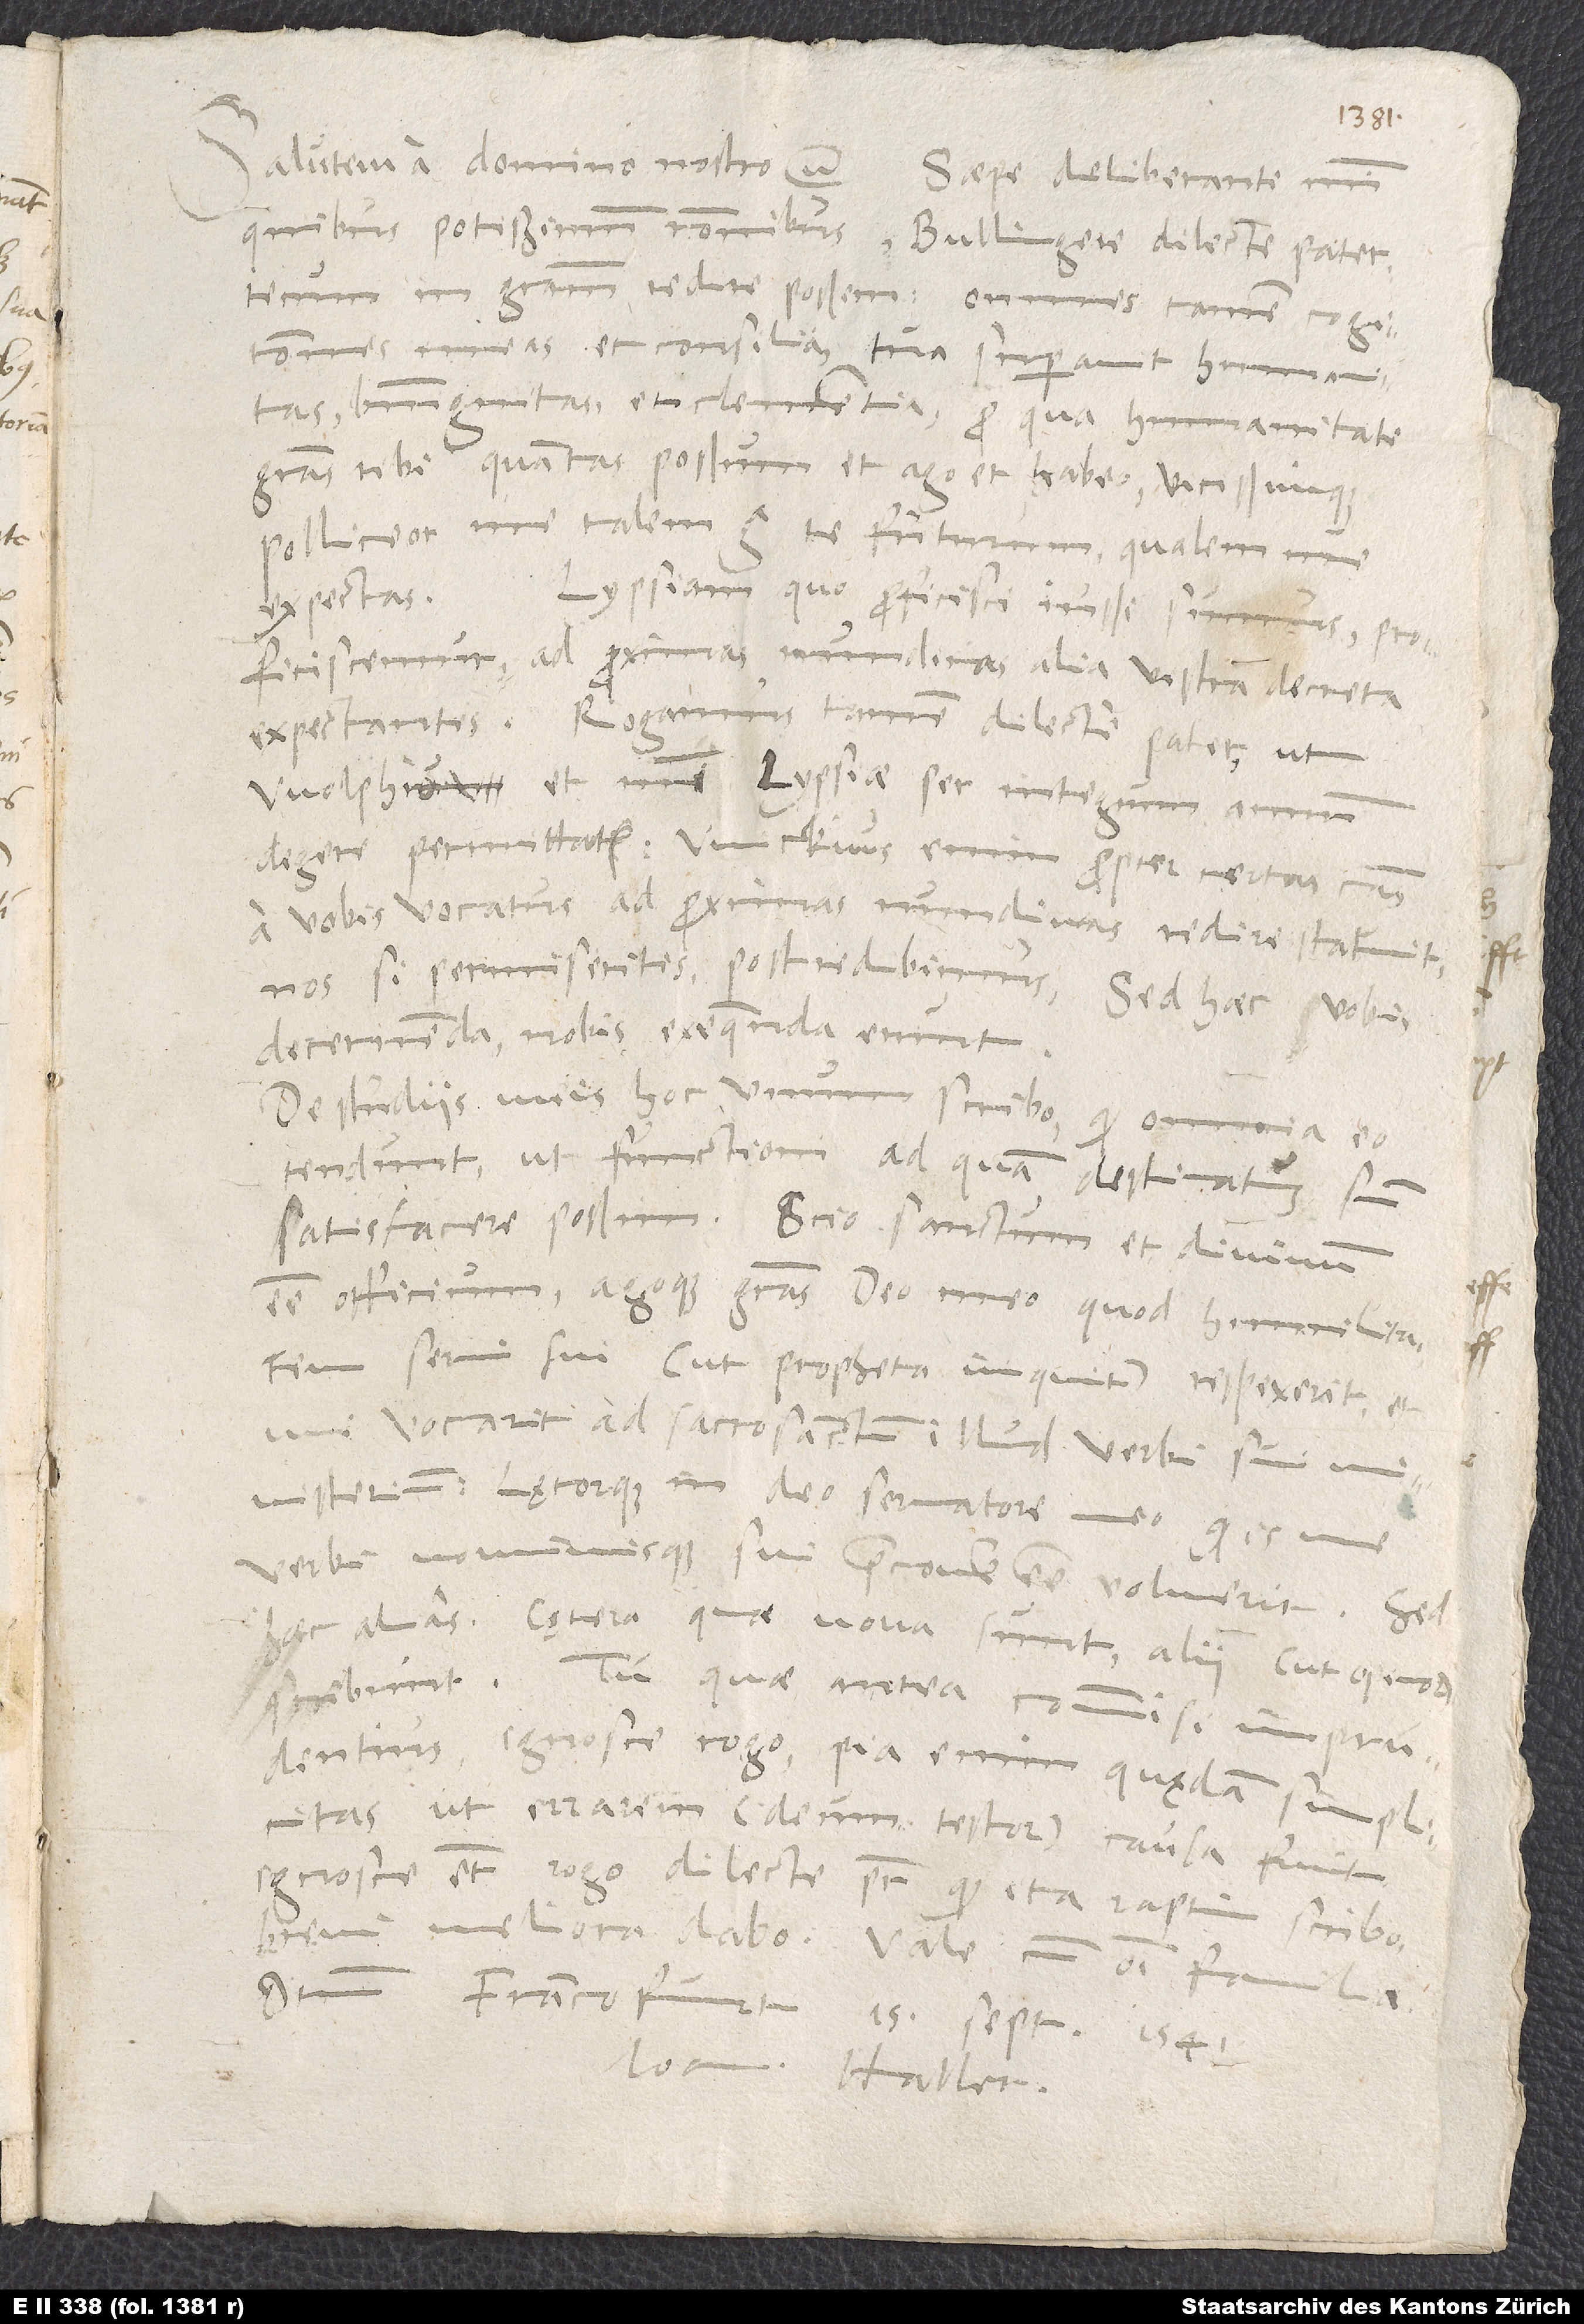
Salutem a domino nostro etc. Saepe deliberanti mihi,
quibus potissimum rationibus, Bullingere dilecte pater,
in gratiam redire possem, omnes tamen cogitationes
meas et consilia tua superavit humanitas,
benignitas et clementia, pro qua humanitate
gratias tibi, quantas possum, et ago et habeo vicissimque
polliceor me talem erga te futurum, qualem me
expectas. Lypsiam, quo proficisci iussi sumus,
proficiscemur, ad proximas nundinas alia vestra decreta
expectantes. Rogamus tamen, dilecte pater, ut
Wolphio et mihi Lypsiae per integrum annum
degere permittatis. Wickius enim propter certas causas
a vobis vocatus ad proximas nundinas redire statuit.
Nos, si permiseritis, post redibimus. Sed haec vobis
decernenda, nobis exequenda erunt.
De studiis meis hoc unum scribo, quod omnia eo
tendunt, ut functioni, ad quam destinatus sum,
satisfacere possim. Scio sanctum et divinum
esse officium agoque gratias deo meo, quod humilitatem
servi sui (ut propheta inquit) respexerit et
me vocarit ad sacrosanctum illud verbi sui
ministerium, lętorque in deo, servatore meo, quod is
verbi nominisque sui praeconem esse voluerit. Sed
haec alias. Cętera, quae nova sunt, alii (ut opinor)
scribunt. Tu, quae antea commisi imprudentius,
ignosce, rogo; pia enim quędam simplicitas,
ut errarem (deum testor) causa
Ignosce etiam, rogo, dilecte pater, quod ita raptim scribo;
brevi meliora dabo. Vale cum omni familia.
Datum Francofurti, 15. septembris 1541.
Ioan. Haller.